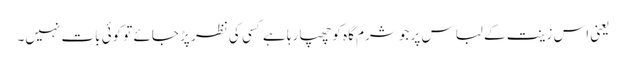
یعنی اس زینت کے لباس پر جو شرم گاہ کو چھپا رہا ہے کسی کی نظر پڑ جائے تو کوئی بات نہیں۔